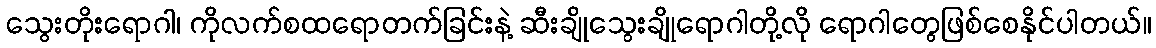
သွေးတိုးရောဂါ၊ ကိုလက်စထရောတက်ခြင်းနဲ့ ဆီးချိုသွေးချိုရောဂါတို့လို ရောဂါတွေဖြစ်စေနိုင်ပါတယ်။